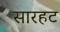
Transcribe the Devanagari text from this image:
सारहट